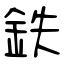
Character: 鉄